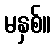
မနှစ်။